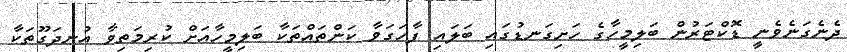
ދެނެގަނެވެނީ ޑޮކްޓަރުން ބަލިމީހާގެ ހަށިގަނޑުގައި ބަލައި ފާހަގަވާ ކަންތައްތަކާ ބަލިމީހާއަށް ކުރިމަތިވާ އުނދަގޫތަކާ